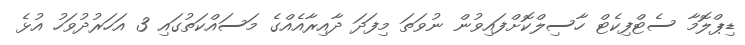
ޑިޕްލޮމާ ސެޓްފިކެޓް ހާސިލްކޮށްފައިވުން ނުވަތަ މިފަދަ ދާއިރާއެއްގެ މަސައްކަތުގައި 3 އަހަރުދުވަހު އުޅެ